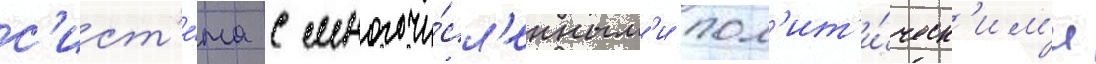
с'ист'е́ма с многочи́сл'енным'и пол'ит'и́ческ'им'и